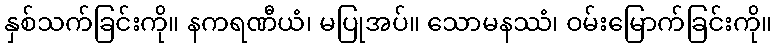
နှစ်သက်ခြင်းကို။ နကရဏီယံ၊ မပြုအပ်။ သောမနဿံ၊ ဝမ်းမြောက်ခြင်းကို။